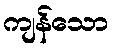
ကျန်သော